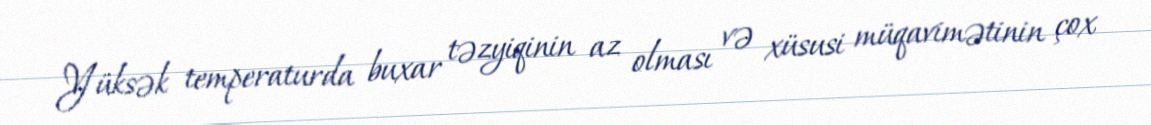
Yüksək temperaturda buxar təzyiqinin az olması və xüsusi müqavimətinin çox